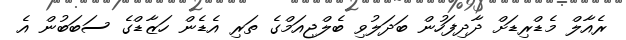
ރެއާލް މެޑްރިޑަށް ދާދިފަހުން ބަދަލުވި ބެލްޖިއަމްގެ ތަރި އެޑެން ހަޒާޑްގެ ސަބަބުުން އެ